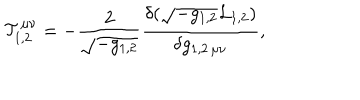
{ \cal T } _ { 1 , 2 } ^ { \mu \nu } = - { \frac { 2 } { \sqrt { - g _ { 1 , 2 } } } } { \frac { \delta ( \sqrt { - g _ { 1 , 2 } } { \cal L } _ { 1 , 2 } ) } { \delta g _ { 1 , 2 \, \mu \nu } } } ,